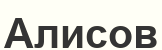
Алисов